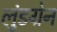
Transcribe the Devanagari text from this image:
लुंडग्रेन